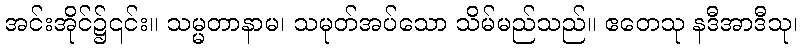
အင်းအိုင်၌၎င်း။ သမ္မတာနာမ၊ သမုတ်အပ်သော သိမ်မည်သည်။ ဧတေသု နဒီအာဒီသု၊